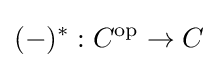
(-)^{*}:C^{\mathrm {op} }\to C